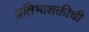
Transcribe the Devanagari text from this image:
प्रतिभाशक्तीची